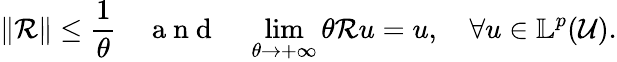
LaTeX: \Vert\mathcal{R}\Vert\leq\frac{1}{\theta}\quad\mathrm{~a~n~d~}\quad\underset{\theta\rightarrow+\infty}{\operatorname*{lim}}\theta\mathcal{R}u=u,\quad\forall u\in\mathbb{L}^{p}(\mathcal{U}).